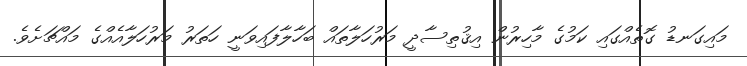
މައިގަނޑު ގޮތެއްގައި ކަމުގެ މާހިރުން އިޤުތިސާދީ މަރުހަލާތައް ބަހާލާފައިވަނީ ހަތަރު މަރުހަލާއެއްގެ މައްޗަށެވެ.